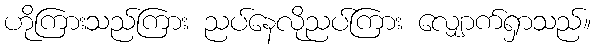
ဟိုကြားသည်ကြား ညပ်နေလိုညပ်ကြား လျှောက်ရှာသည်။